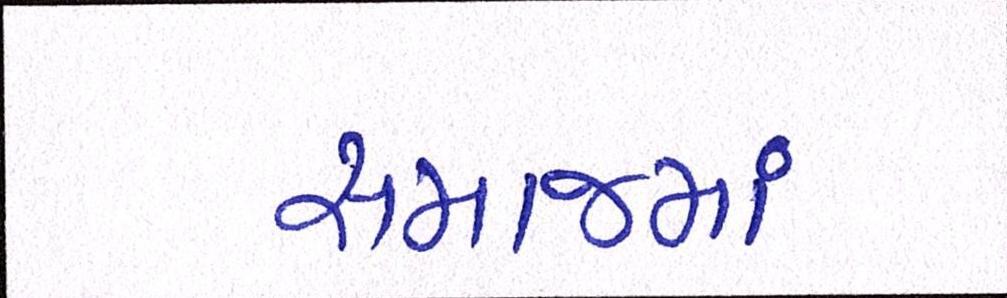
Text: સમાજમાં